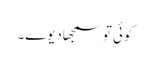
کوئی تو سمجھادیوے۔